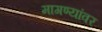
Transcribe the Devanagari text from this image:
मागण्यांवर